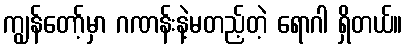
ကျွန်တော့်မှာ ဂဏန်းနဲ့မတည့်တဲ့ ရောဂါ ရှိတယ်။